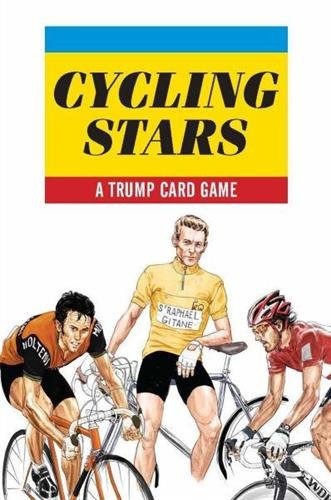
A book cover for Cycling Stars: A Trump Card Game (Magma for Laurence King); Humor & Entertainment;